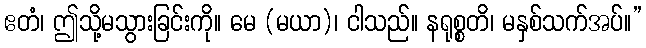
ဧတံ၊ ဤသို့မသွားခြင်းကို။ မေ (မယာ)၊ ငါသည်။ နရုစ္စတိ၊ မနှစ်သက်အပ်။”